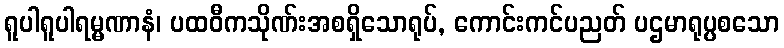
ရူပါရူပါရမ္မဏာနံ၊ ပထဝီကသိုဏ်းအစရှိသောရုပ်, ကောင်းကင်ပညတ် ပဌမာရုပ္ပစသော